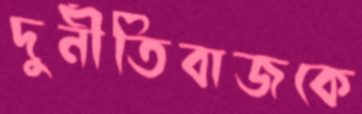
দুর্নীতিবাজকে